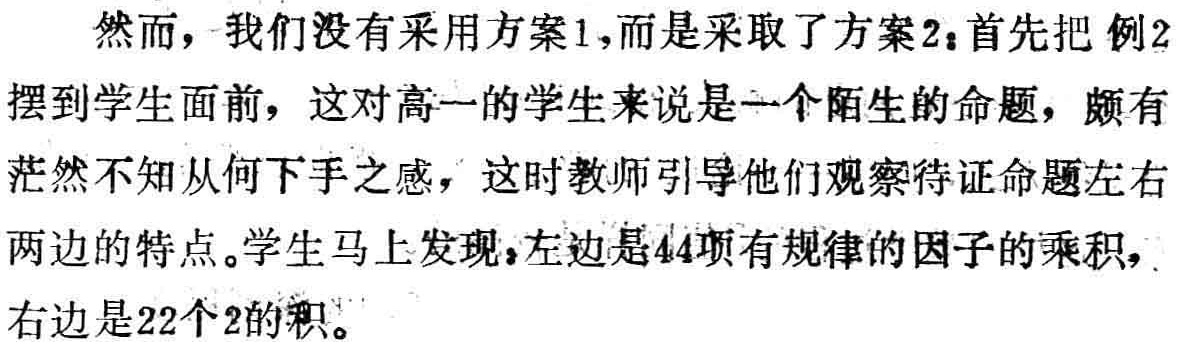
然而，我们没有采用方案1,而是采取了方案2：首先把 例2
摆到学生面前，这对高一的学生来说是一个陌生的命题，颇有
茫然不知从何下手之感，这时教师引导他们观察待证命题左右
两边的特点。学生马上发现，左边是44项有规律的因子的乘积，
右边是22个2的积。